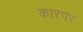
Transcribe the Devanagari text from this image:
कारपर